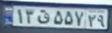
۱۳ق۵۵۷۲۹